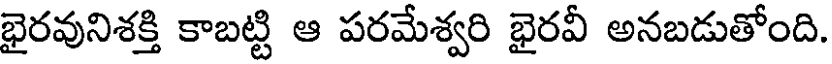
భైరవునిశక్తి కాబట్టి ఆ పరమేశ్వరి భైరవీ అనబడుతోంది.